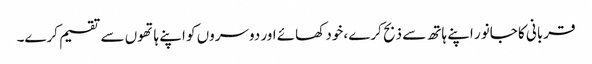
قربانی کا جانور اپنے ہاتھ سے ذبح کرے ،خود کھائے اور دوسروں کو اپنے ہاتھوں سے تقسیم کرے۔